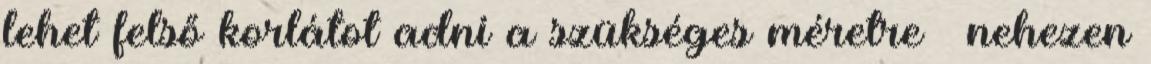
lehet felső korlátot adni a szükséges méretre – nehezen